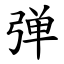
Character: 弹